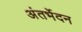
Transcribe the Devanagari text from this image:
अंतर्भेदन